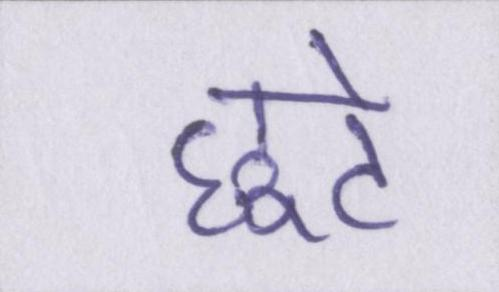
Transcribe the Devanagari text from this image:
छूटे